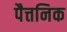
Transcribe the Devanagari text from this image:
पैत्तनिक